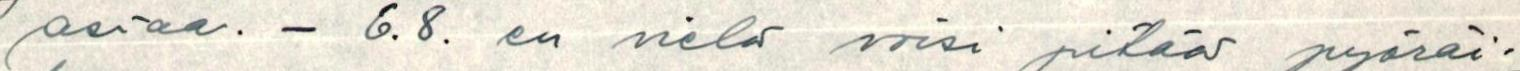
asiaa. - 6.8. en vielä voisi pitää pyöräi-